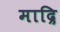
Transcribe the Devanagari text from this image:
माद्रि